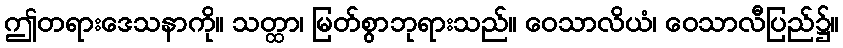
ဤတရားဒေသနာကို။ သတ္ထာ၊ မြတ်စွာဘုရားသည်။ ဝေသာလိယံ၊ ဝေသာလီပြည်၌။